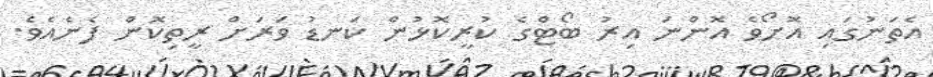
އެތަނުގައި އޮށޯވެ އޮންނަ އިރު ބޯޓްގެ ކުރީކޮޅުން ކަނޑު ވަރަށް ރީތިކޮން ފެނެއެވެ.